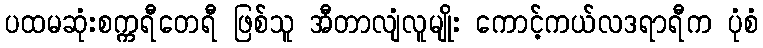
ပထမဆုံးစက္ကရီတေရီ ဖြစ်သူ အီတာလျံလူမျိုး ကောင့်ကယ်လဒရာရီက ပုံစံ